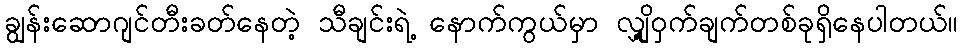
ချွန်းဆောဂျင်တီးခတ်နေတဲ့ သီချင်းရဲ့ နောက်ကွယ်မှာ လျှို့ဝှက်ချက်တစ်ခုရှိနေပါတယ်။